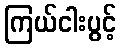
ကြယ်ငါးပွင့်